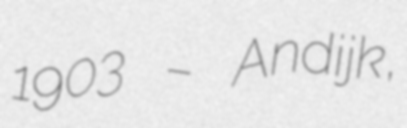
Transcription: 1903 – Andijk,